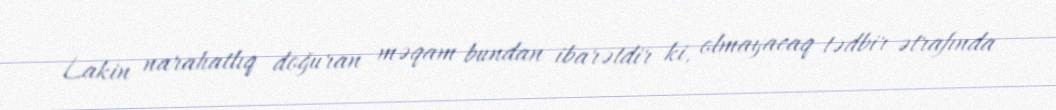
Lakin narahatlıq doğuran məqam bundan ibarətdir ki, olmayacaq tədbir ətrafında